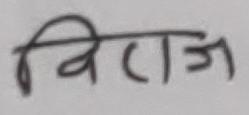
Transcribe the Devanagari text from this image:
बिराज